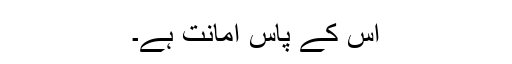
اس کے پاس امانت ہے۔